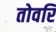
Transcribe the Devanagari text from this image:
तोवरि